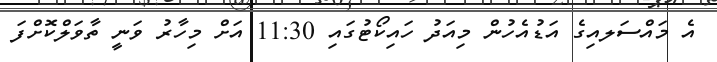
އެ މައްސަަލއިގެ އަޑުއެހުން މިއަދު ހައިކޯޓުގައި 11:30 އަށް މިހާރު ވަނީ ތާވަލްކޮށްފަ